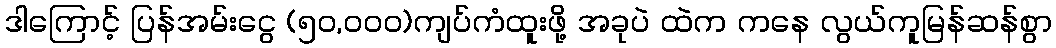
ဒါကြောင့် ပြန်အမ်းငွေ (၅၀,၀၀၀)ကျပ်ကံထူးဖို့ အခုပဲ ထဲက ကနေ လွယ်ကူမြန်ဆန်စွာ